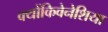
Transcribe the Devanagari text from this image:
क्योंकिवेनेशिया